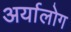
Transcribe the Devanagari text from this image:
अर्यालोग